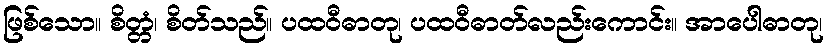
ဖြစ်သော။ စိတ္တံ၊ စိတ်သည်။ ပထဝီဓာတု၊ ပထဝီဓာတ်လည်းကောင်း။ အာပေါဓာတု၊